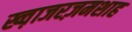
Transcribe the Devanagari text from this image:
ख्व़ाजरज़मशाह